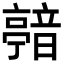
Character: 𩐴